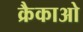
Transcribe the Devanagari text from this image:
क्रैकाओ